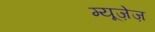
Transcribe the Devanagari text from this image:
म्यूज़ेज़